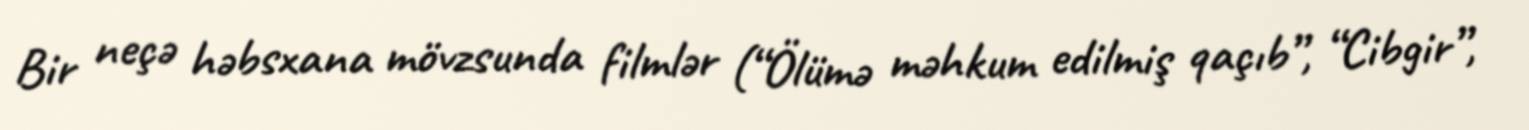
Bir neçə həbsxana mövzsunda filmlər (“Ölümə məhkum edilmiş qaçıb”, “Cibgir”,